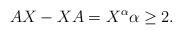
LaTeX: \begin{align*} AX-XA=X^{\alpha} \alpha\geq 2. \end{align*}